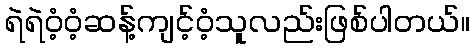
ရဲရဲဝံ့ဝံ့ဆန့်ကျင့်ဝံ့သူလည်းဖြစ်ပါတယ်။